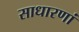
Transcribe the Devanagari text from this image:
साधारणां